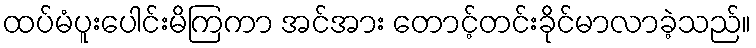
ထပ်မံပူးပေါင်းမိကြကာ အင်အား တောင့်တင်းခိုင်မာလာခဲ့သည်။